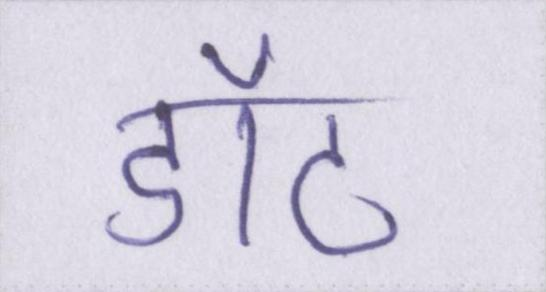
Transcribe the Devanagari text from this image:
डॉट